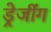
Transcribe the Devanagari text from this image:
ड्रेजींग